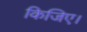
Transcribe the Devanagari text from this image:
किजिए।